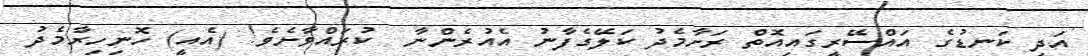
އަދި ކަނޑުގެ އައްސޭރީގައިއޮތް ރަށާމެދު ކަލޭގެފާނު އެއުރެންނާ  ކުރައްވާށެވެ! (އެއީ) ހޮނިހިރާމެދު